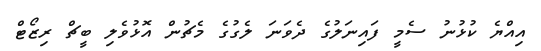
އިއްޔެ ކުޅުނު ސެމީ ފައިނަލުގެ ދެވަނަ ލެގުގެ މެޗުން އޮޅުވެލި ބީޗް ރިޒޯޓް